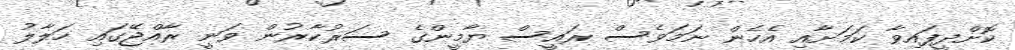
ކޮށްދީފައިވާ ކަމަށާއި އެހެން ނަމަވެސް ރައީސް ޔާމީންގެ ސަރުކާރުން ވަނީ ރާއްޖޭގައި ހަލާލު